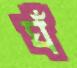
ঘঁ